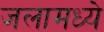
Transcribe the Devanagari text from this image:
जलामध्ये